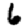
Digit: 6